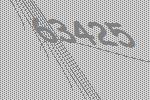
63425